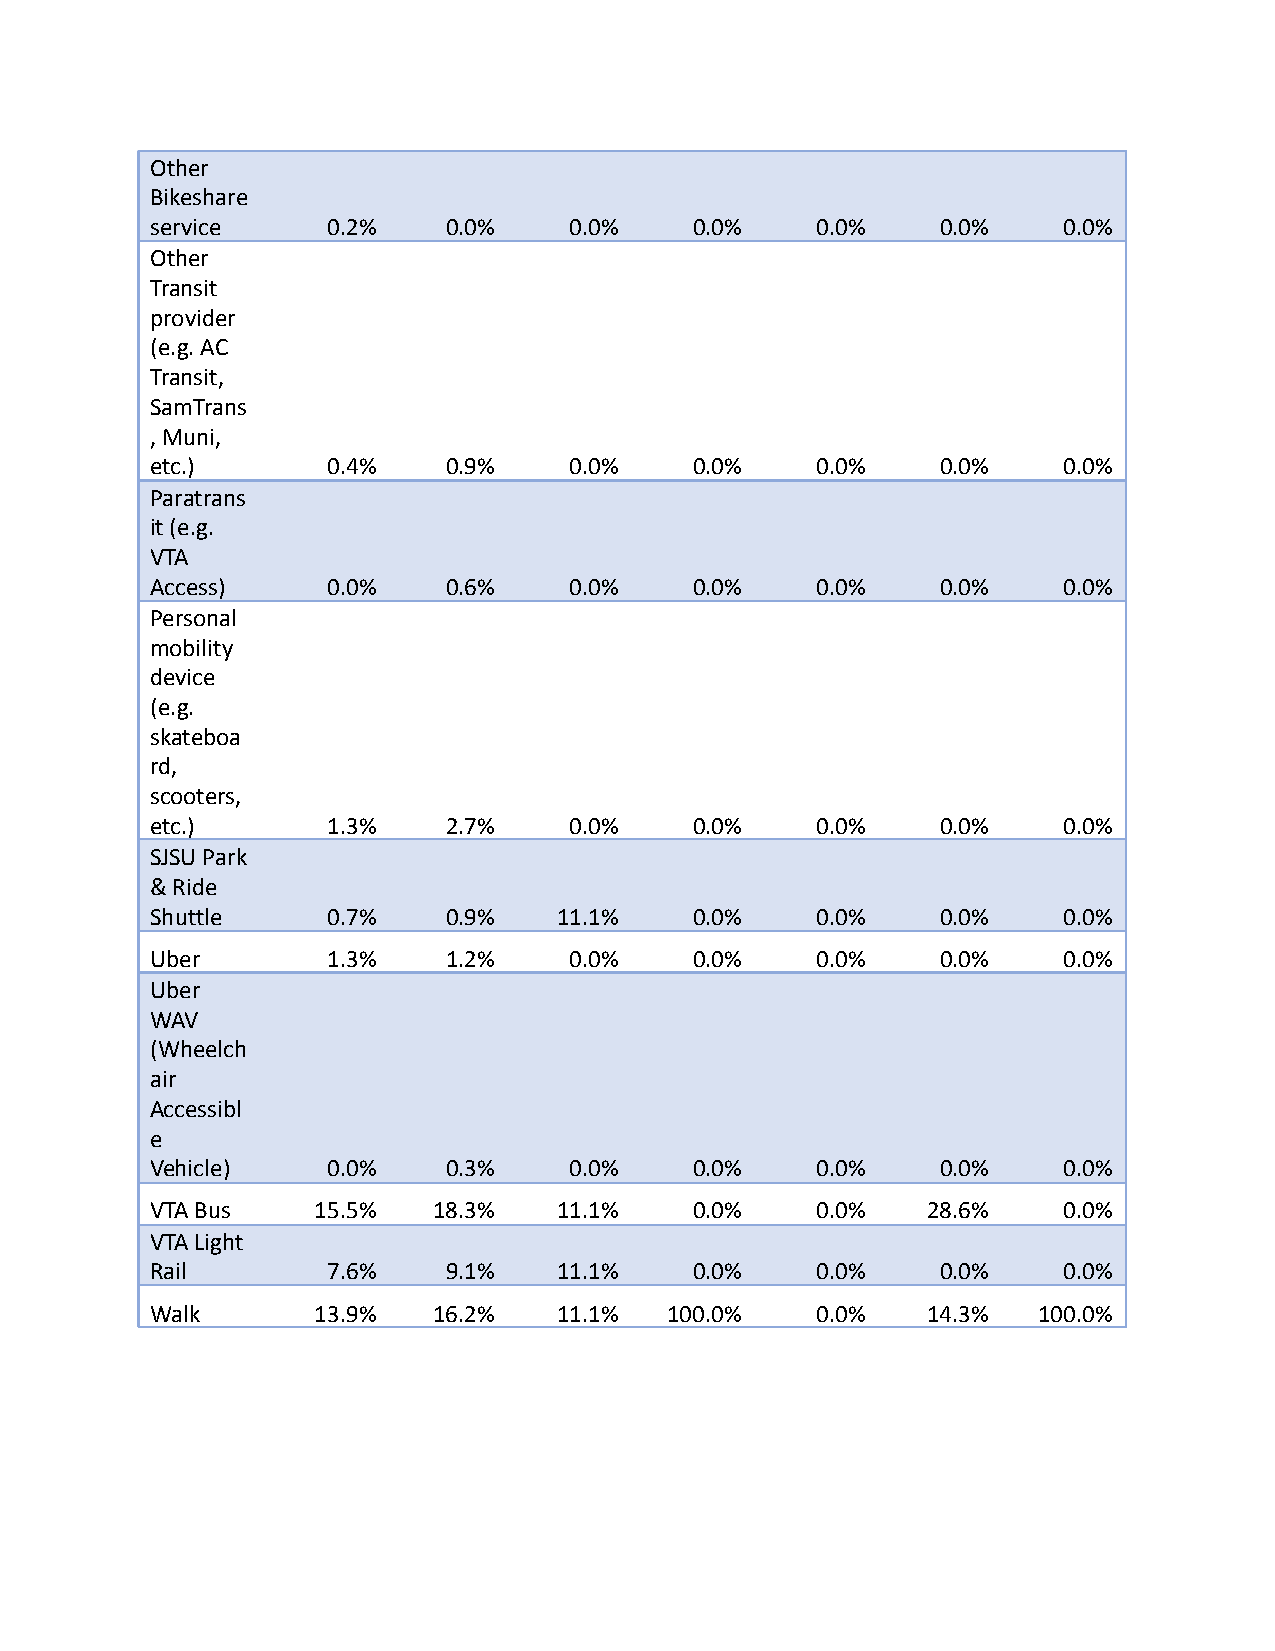
Other
 Bikeshare
 service     0.2%    0.0%    0.0%    0.0%    0.0%    0.0%    0.0%
 Other
 Transit
 provider
 (e.g. AC
 Transit,
 SamTrans
 , Muni,
 etc.)       0.4%    0.9%    0.0%    0.0%    0.0%    0.0%    0.0%
 Paratrans
 it (e.g.
 VTA
 Access)     0.0%    0.6%    0.0%    0.0%    0.0%    0.0%    0.0%
 Personal
 mobility
 device
 (e.g.
 skateboa
 rd,
 scooters,
 etc.)       1.3%    2.7%    0.0%    0.0%    0.0%    0.0%    0.0%
 SJSU Park
 & Ride
 Shuttle     0.7%    0.9%   11.1%    0.0%    0.0%    0.0%    0.0%
 Uber        1.3%    1.2%    0.0%    0.0%    0.0%    0.0%    0.0%
 Uber
 WAV
 (Wheelch
 air
 Accessibl
 e
 Vehicle)    0.0%    0.3%    0.0%    0.0%    0.0%    0.0%    0.0%
 VTA Bus    15.5%   18.3%   11.1%    0.0%    0.0%   28.6%    0.0%
 VTA Light
 Rail        7.6%    9.1%   11.1%    0.0%    0.0%    0.0%    0.0%
 Walk       13.9%   16.2%   11.1%  100.0%    0.0%   14.3%   100.0%